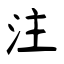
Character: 注